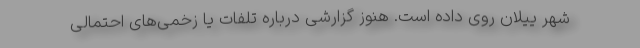
شهر ییلان روی داده است. هنوز گزارشی درباره تلفات یا زخمی‌های احتمالی